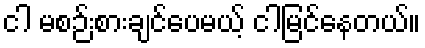
ငါ မစဉ်းစားချင်ပေမယ့် ငါမြင်နေတယ်။